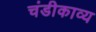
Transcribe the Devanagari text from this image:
चंडीकाव्य